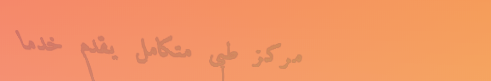
مركز طبي متكامل يقدم خدما